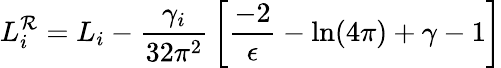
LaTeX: L_{i}^{\mathcal{R}}=L_{i}-{\frac{{\gamma_{i}}}{{32\pi^{2}}}}\left[{\frac{{-2}}{{\epsilon}}}-\ln(4\pi)+\gamma-1\right]